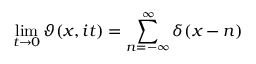
\operatorname* { l i m } _ { t \to 0 } \vartheta ( x , i t ) = \sum _ { n = - \infty } ^ { \infty } \delta ( x - n )